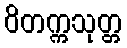
ဝိတက္ကသုတ္တ